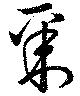
聚